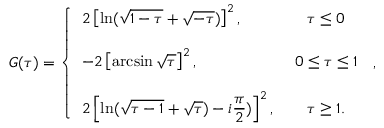
\displaystyle { G ( \tau ) = \left\{ \begin{array} { l c } { { 2 \left[ \ln ( \sqrt { 1 - \tau } + \sqrt { - \tau } ) \right] ^ { 2 } , } } & { { ~ \tau \leq 0 } } \\ { { } } & { { } } \\ { { - 2 \left[ \arcsin \sqrt { \tau } \right] ^ { 2 } , } } & { { ~ 0 \leq \tau \leq 1 } } \\ { { } } & { { } } \\ { { 2 \left[ \ln ( \sqrt { \tau - 1 } + \sqrt { \tau } ) - i \displaystyle \frac { \pi } { 2 } ) \right] ^ { 2 } , } } & { { ~ \tau \geq 1 . } } \end{array} \right. \, , }